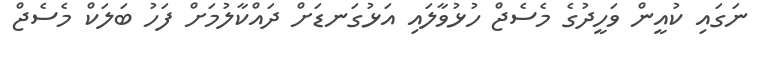
ނަގައި ކުއީން ވަހީދުގެ މެސެޖް ހުޅުވާލައި އަޅުގަނޑަށް ދައްކާލުމަށް ފަހު ބަލަކް މެސެޖް